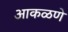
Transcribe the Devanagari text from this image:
आकळणे